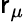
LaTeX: \mathsf{r}_{\mu}